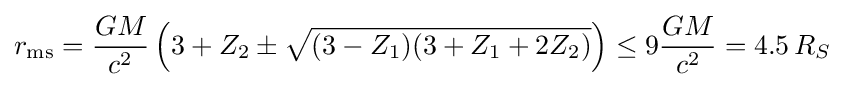
r_{\mathrm {ms} }={\frac {GM}{c^{2}}}\left(3+Z_{2}\pm {\sqrt {(3-Z_{1})(3+Z_{1}+2Z_{2})}}\right)\leq 9{\frac {GM}{c^{2}}}=4.5\,R_{S}